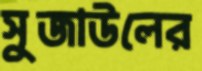
সুজাউলের